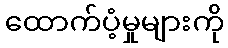
ထောက်ပံ့မှုများကို